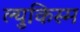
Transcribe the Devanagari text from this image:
ल्युकिस्म